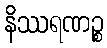
နိဿရဏဉ္စ